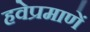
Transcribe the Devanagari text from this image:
हवेप्रमाणें